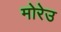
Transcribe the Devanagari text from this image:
मोरेउ